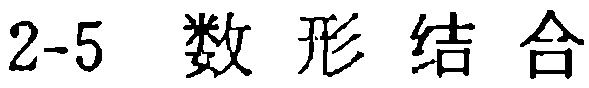
2-5  数形结合